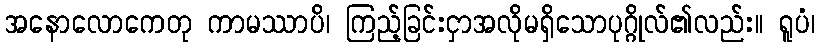
အနောလောကေတု ကာမဿာပိ၊ ကြည့်ခြင်းငှာအလိုမရှိသောပုဂ္ဂိုလ်၏လည်း။ ရူပံ၊